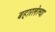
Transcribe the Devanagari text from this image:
बहारलेल्या